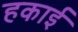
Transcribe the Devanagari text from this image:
हकाई